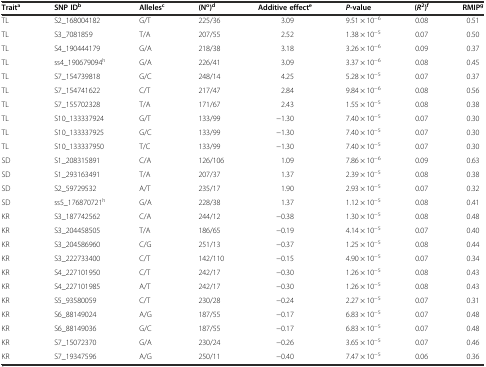
<table><thead><tr><td><b>Trait<sup>a</sup></b></td><td><b>SNP ID<sup>b</sup></b></td><td><b>Alleles<sup>c</sup></b></td><td><b>(N<sup>o</sup>)<sup>d</sup></b></td><td><b>Additive effect<sup>e</sup></b></td><td><b><i>P</i>-value</b></td><td><b>(<i>R</i><sup>2</sup>)<sup>f</sup></b></td><td><b>RMIP<sup>g</sup></b></td></tr></thead><tbody><tr><td>TL</td><td>S2_168004182</td><td>G/T</td><td>225/36</td><td>3.09</td><td>9.51 × 10<sup>−6</sup></td><td>0.08</td><td>0.51</td></tr><tr><td>TL</td><td>S3_7081859</td><td>T/A</td><td>207/55</td><td>2.52</td><td>1.38 × 10<sup>−5</sup></td><td>0.07</td><td>0.50</td></tr><tr><td>TL</td><td>S4_190444179</td><td>G/A</td><td>218/38</td><td>3.18</td><td>3.26 × 10<sup>−6</sup></td><td>0.09</td><td>0.37</td></tr><tr><td>TL</td><td>ss4_190679094<sup>h</sup></td><td>G/A</td><td>226/41</td><td>3.09</td><td>3.37 × 10<sup>−6</sup></td><td>0.08</td><td>0.45</td></tr><tr><td>TL</td><td>S7_154739818</td><td>G/C</td><td>248/14</td><td>4.25</td><td>5.28 × 10<sup>−5</sup></td><td>0.07</td><td>0.37</td></tr><tr><td>TL</td><td>S7_154741622</td><td>C/T</td><td>217/47</td><td>2.84</td><td>9.84 × 10<sup>−6</sup></td><td>0.08</td><td>0.56</td></tr><tr><td>TL</td><td>S7_155702328</td><td>T/A</td><td>171/67</td><td>2.43</td><td>1.55 × 10<sup>−5</sup></td><td>0.08</td><td>0.38</td></tr><tr><td>TL</td><td>S10_133337924</td><td>G/T</td><td>133/99</td><td>−1.30</td><td>7.40 × 10<sup>−5</sup></td><td>0.07</td><td>0.30</td></tr><tr><td>TL</td><td>S10_133337925</td><td>G/C</td><td>133/99</td><td>−1.30</td><td>7.40 × 10<sup>−5</sup></td><td>0.07</td><td>0.30</td></tr><tr><td>TL</td><td>S10_133337950</td><td>T/C</td><td>133/99</td><td>−1.30</td><td>7.40 × 10<sup>−5</sup></td><td>0.07</td><td>0.30</td></tr><tr><td>SD</td><td>S1_208315891</td><td>C/A</td><td>126/106</td><td>1.09</td><td>7.86 × 10<sup>−6</sup></td><td>0.09</td><td>0.63</td></tr><tr><td>SD</td><td>S1_293163491</td><td>T/A</td><td>207/37</td><td>1.37</td><td>2.39 × 10<sup>−5</sup></td><td>0.08</td><td>0.38</td></tr><tr><td>SD</td><td>S2_59729532</td><td>A/T</td><td>235/17</td><td>1.90</td><td>2.93 × 10<sup>−5</sup></td><td>0.07</td><td>0.32</td></tr><tr><td>SD</td><td>ss5_176870721<sup>h</sup></td><td>G/A</td><td>228/38</td><td>1.37</td><td>1.12 × 10<sup>−5</sup></td><td>0.08</td><td>0.41</td></tr><tr><td>KR</td><td>S3_187742562</td><td>C/A</td><td>244/12</td><td>−0.38</td><td>1.30 × 10<sup>−5</sup></td><td>0.08</td><td>0.48</td></tr><tr><td>KR</td><td>S3_204458505</td><td>T/A</td><td>186/65</td><td>−0.19</td><td>4.14 × 10<sup>−5</sup></td><td>0.07</td><td>0.40</td></tr><tr><td>KR</td><td>S3_204586960</td><td>C/G</td><td>251/13</td><td>−0.37</td><td>1.25 × 10<sup>−5</sup></td><td>0.08</td><td>0.44</td></tr><tr><td>KR</td><td>S3_222733400</td><td>C/T</td><td>142/110</td><td>−0.15</td><td>4.90 × 10<sup>−5</sup></td><td>0.07</td><td>0.34</td></tr><tr><td>KR</td><td>S4_227101950</td><td>C/T</td><td>242/17</td><td>−0.30</td><td>1.26 × 10<sup>−5</sup></td><td>0.08</td><td>0.43</td></tr><tr><td>KR</td><td>S4_227101985</td><td>A/T</td><td>242/17</td><td>−0.30</td><td>1.26 × 10<sup>−5</sup></td><td>0.08</td><td>0.43</td></tr><tr><td>KR</td><td>S5_93580059</td><td>C/T</td><td>230/28</td><td>−0.24</td><td>2.27 × 10<sup>−5</sup></td><td>0.07</td><td>0.31</td></tr><tr><td>KR</td><td>S6_88149024</td><td>A/G</td><td>187/55</td><td>−0.17</td><td>6.83 × 10<sup>−5</sup></td><td>0.07</td><td>0.48</td></tr><tr><td>KR</td><td>S6_88149036</td><td>G/C</td><td>187/55</td><td>−0.17</td><td>6.83 × 10<sup>−5</sup></td><td>0.07</td><td>0.48</td></tr><tr><td>KR</td><td>S7_15072370</td><td>G/A</td><td>230/24</td><td>−0.26</td><td>3.65 × 10<sup>−5</sup></td><td>0.07</td><td>0.46</td></tr><tr><td>KR</td><td>S7_19347596</td><td>A/G</td><td>250/11</td><td>−0.40</td><td>7.47 × 10<sup>−5</sup></td><td>0.06</td><td>0.36</td></tr></tbody></table>